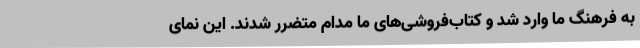
به فرهنگ ما وارد شد و کتاب‌فروشی‌های ما مدام متضرر شدند. این نمای